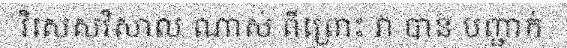
វិសេសវិសាល ណាស់ ពីព្រោះ វា បាន បញ្ជាក់